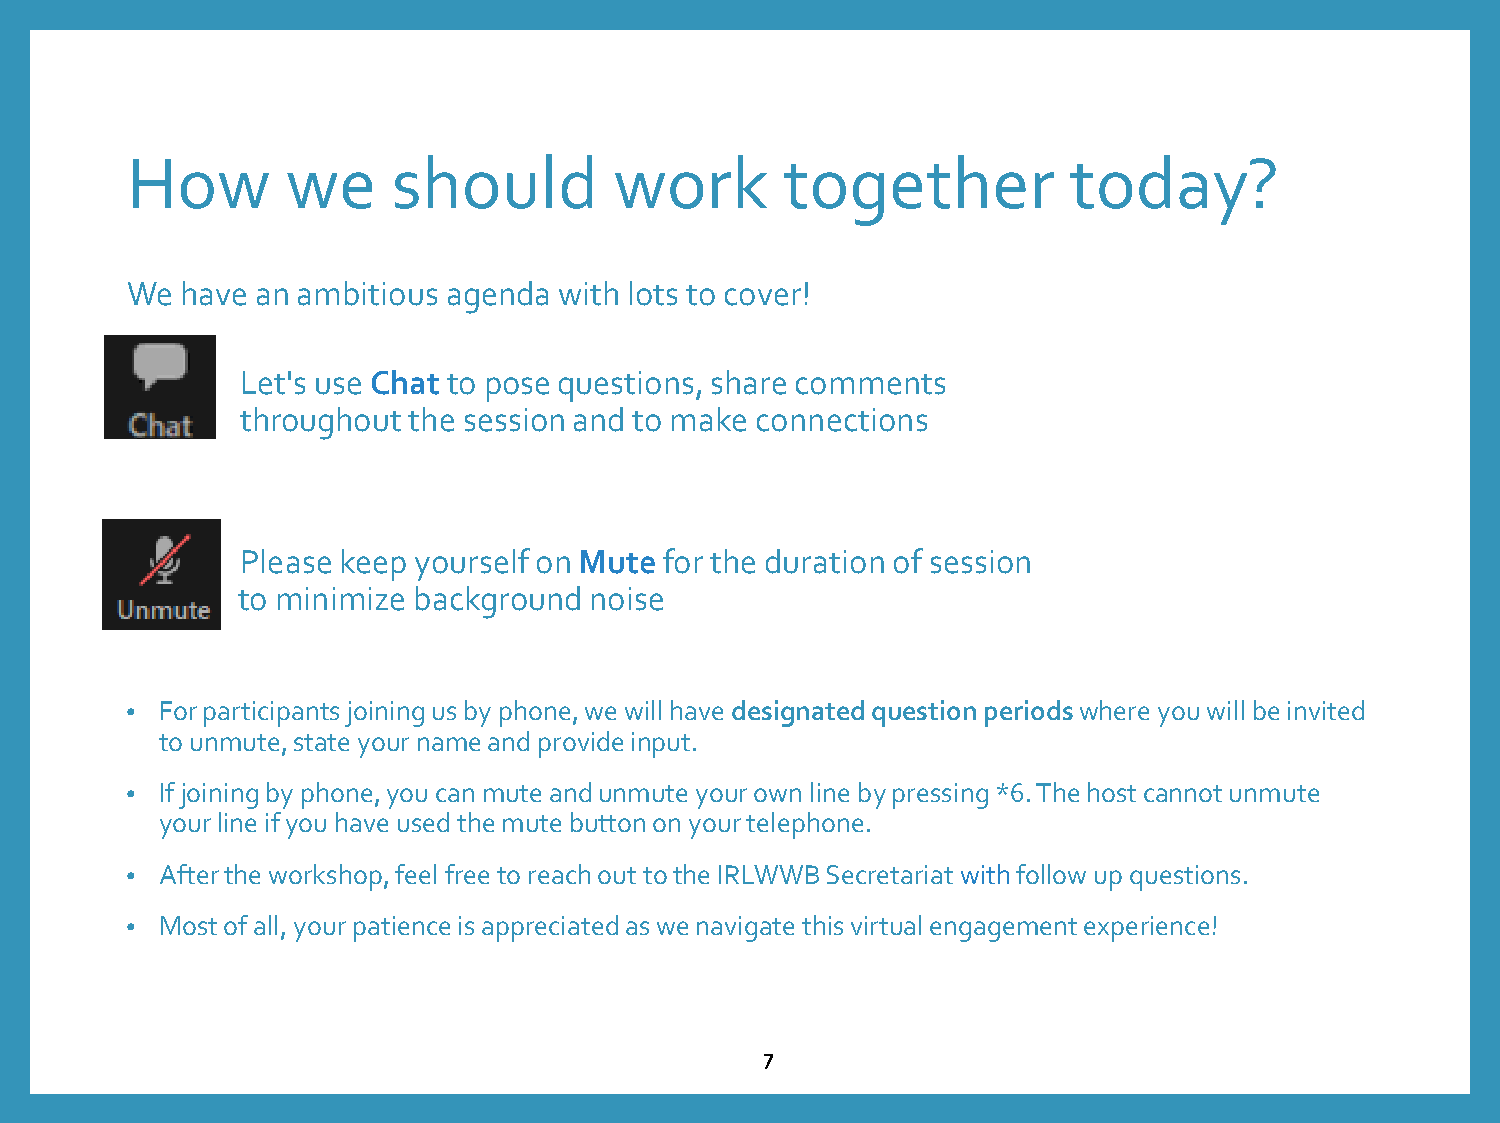
How        we     should         work       together           today?
 We  have an ambitious agenda with lots to cover!
 Let's use Chat to pose questions, share comments
 throughout the session and to make connections
 Please keep yourself on Mute for the duration of session
 to minimize background noise
 •  For participants joining us by phone, we will have designated question periods where you will be invited
 to unmute, state your name and provide input.
 •  If joining by phone, you can mute and unmute your own line by pressing *6. The host cannot unmute
 your line if you have used the mute button on your telephone.
 •  After the workshop, feel free to reach out to the IRLWWB Secretariat withfollow up questions.
 •  Most of all, your patience is appreciated as we navigate this virtual engagement experience!
 7